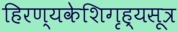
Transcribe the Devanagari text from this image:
हिरण्यकेशिगृह्यसूत्र